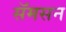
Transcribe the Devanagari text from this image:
सॅमसन